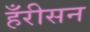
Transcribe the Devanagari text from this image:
हँरीसन